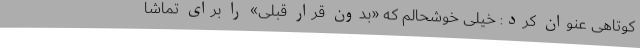
کوتاهی عنوان کرد: خیلی خوشحالم که «بدون قرار قبلی» را برای تماشا